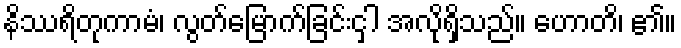
နိဿရိတုကာမံ၊ လွတ်မြောက်ခြင်းငှါ အလိုရှိသည်။ ဟောတိ၊ ၏။